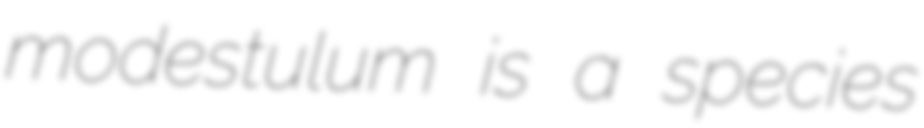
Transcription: modestulum is a species